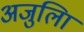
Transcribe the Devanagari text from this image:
अजुलिा